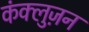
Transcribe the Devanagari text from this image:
कंक्लुज़न